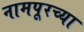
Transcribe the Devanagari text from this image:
नामपूरच्या